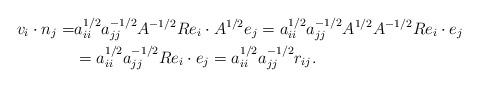
LaTeX: \begin{align*}v_i\cdot n_j =& a_{ii}^{1/2}a_{jj}^{-1/2}A^{-1/2}Re_i\cdot A^{1/2}e_j = a_{ii}^{1/2}a_{jj}^{-1/2}A^{1/2}A^{-1/2}Re_i\cdot e_j \\ &= a_{ii}^{1/2}a_{jj}^{-1/2}Re_i\cdot e_j = a_{ii}^{1/2}a_{jj}^{-1/2}r_{ij}.\end{align*}